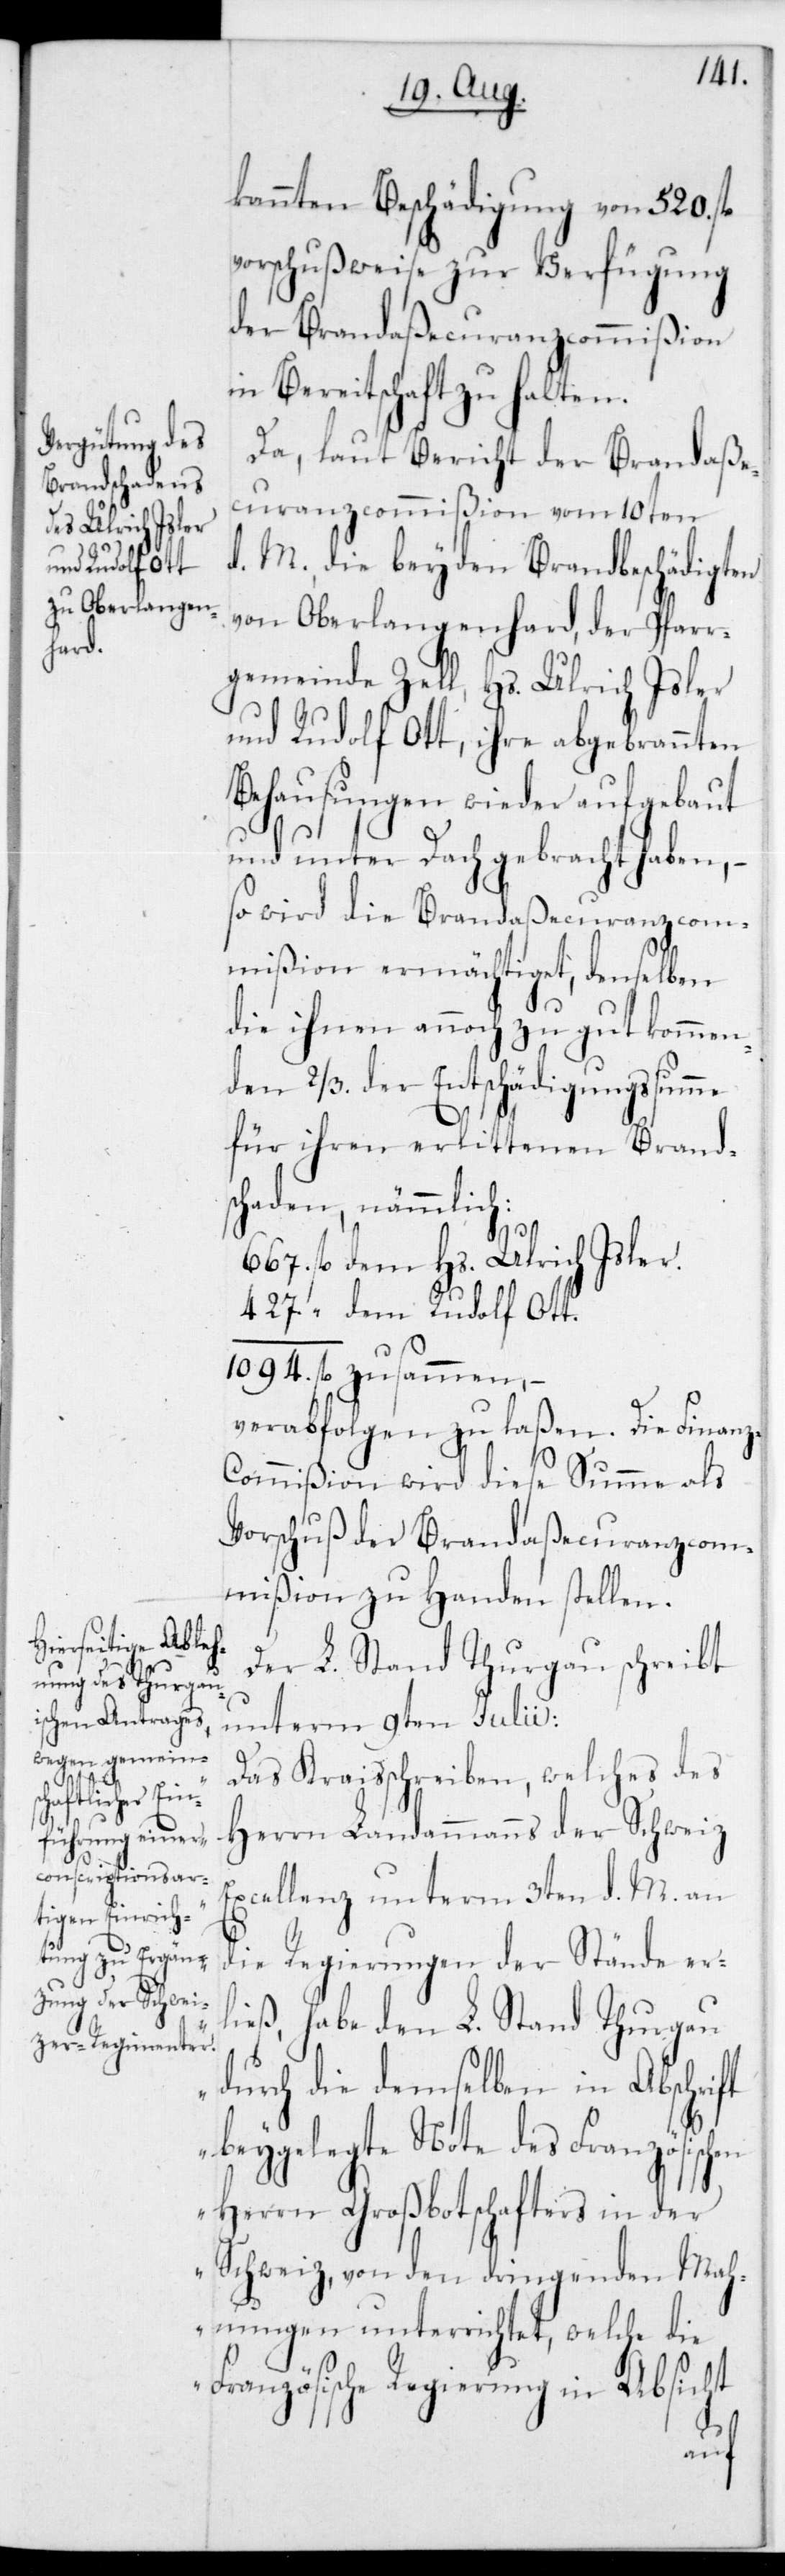
kannten Beschädigung von 520 fl.
vorschußweise zur Verfügung
der Brandaßecuranzcommißion
in Bereitschaft zu halten.
Da laut Bericht der Brandaße¬
curanzcommißion vom 10ten
Hs. Ulrich Isler
dem Rudolf Ott.
d. M. die beyden Brandbeschädigten
von Oberlangenhard, der Pfarr¬
gemeinde Zell, Hs. Ulrich Isler
und Rudolf Ott, ihre abgebrannten
Behausungen wieder aufgebaut
und unter Dach gebracht haben, –
so wird die Brandaßecuranzcom¬
mißion ermächtiget, denselben
die ihnen annoch zu gut kommen¬
den 2/3 der Entschädigungssumme
für ihren erlittenen Brand¬
schaden, nämmlich:
verabfolgen zu laßen. Die Finanz-C¬
ommißion wird diese Summe als
Vorschuß der Brandaßecuranzcom¬
mißion zu Handen stellen.
Der L. Stand Thurgau schreibt
unterm 9ten Julii:
„Das Kreisschreiben welches des
Herrn Landammanns der Schweiz
Excellenz,unterm 3ten d. M. an
die Regierungen der Stände er¬
ließ, habe den L. Stand Thurgau
durch die demselben in Abschrift
beygelegte Note des Französischen
Herrn Großbotschafters in der
Schweiz, von den dringenden Mah¬
nungen unterrichtet, welche die
Französische Regierung in Absicht
fl.